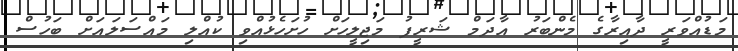
މަޑުއްވަރީ ދާއިރާގެ މެންބަރު އާދަމް ޝަރީފު މަޖިލީހަށް ހުށަހެޅުއްވި ކުއްލި މައްސަލައަށް ބަހުސް